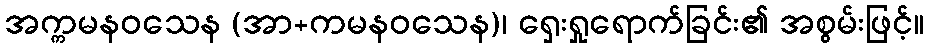
အက္ကမနဝသေန (အာ+ကမနဝသေန)၊ ရှေးရှုရောက်ခြင်း၏ အစွမ်းဖြင့်။